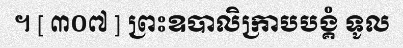
។ [ ៣០៧ ] ព្រះឧបាលិក្រាបបង្គំ ទូល